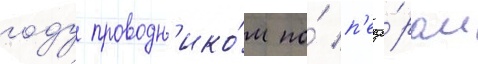
году проводн'ико́м по́ п'еще́рам